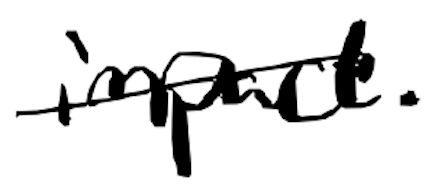
Text: impact.
Cross-out: single-line
Writing tool: digital_black